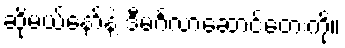
ဆိုမယ်နော်နဲ့ ဒီမင်္ဂလာဆောင်တေးကို။